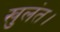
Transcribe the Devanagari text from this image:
खुलंत।